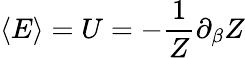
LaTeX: \langle E\rangle=U=-{\frac{1}{Z}}\partial_{\beta}Z